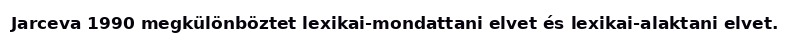
Jarceva 1990 megkülönböztet lexikai-mondattani elvet és lexikai-alaktani elvet.